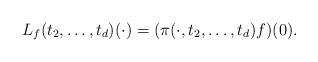
LaTeX: \begin{align*}L_f(t_2,\ldots,t_d)(\cdot) = (\pi(\cdot,t_2,\ldots,t_d) f)(0).\end{align*}